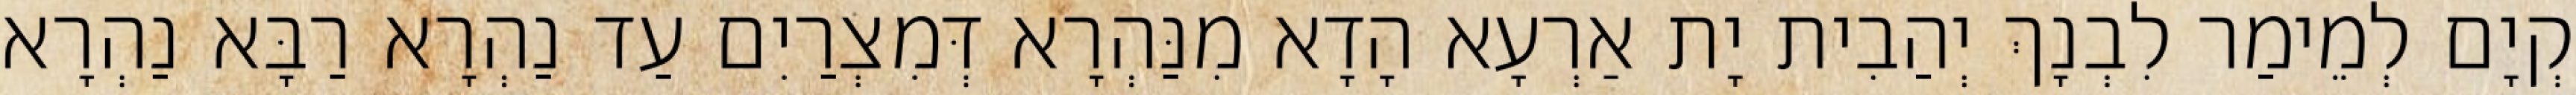
קְיָם לְמֵימַר לִבְנָךְ יְהַבִית יָת אַרְעָא הָדָא מִנַּהְרָא דְּמִצְרַיִם עַד נַהְרָא רַבָּא נַהְרָא